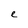
Character: e